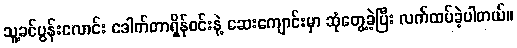
သူ့ခင်ပွန်းလောင်း ဒေါက်တာရှိန်ဝင်းနဲ့ ဆေးကျောင်းမှာ ဆုံတွေ့ခဲ့ပြီး လက်ထပ်ခဲ့ပါတယ်။